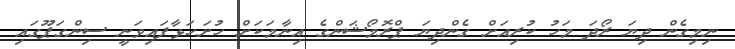
ނިމިގެން ދިޔަ ރޯދަ މަހު ކުރިއަށް ގެންދިޔަ ޕްރޮމޯޝަންގެ އިނާމަކަށް ހުށަހަޅާފައިވަނީ ސިންގަޕޫގައި